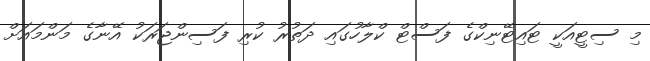
މި ސިޓީއަކީ ޓައިޓޭނިކްގެ ފަސްޓް ކްލާހުގައި ދަތުރު ކުރި ފަސިންޖަރަކު އޭނާގެ މަންމައަށް